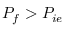
P _ { f } > P _ { i e }